Annual administration report of the Bombay Presidency - 1887-1892
Year: 1887
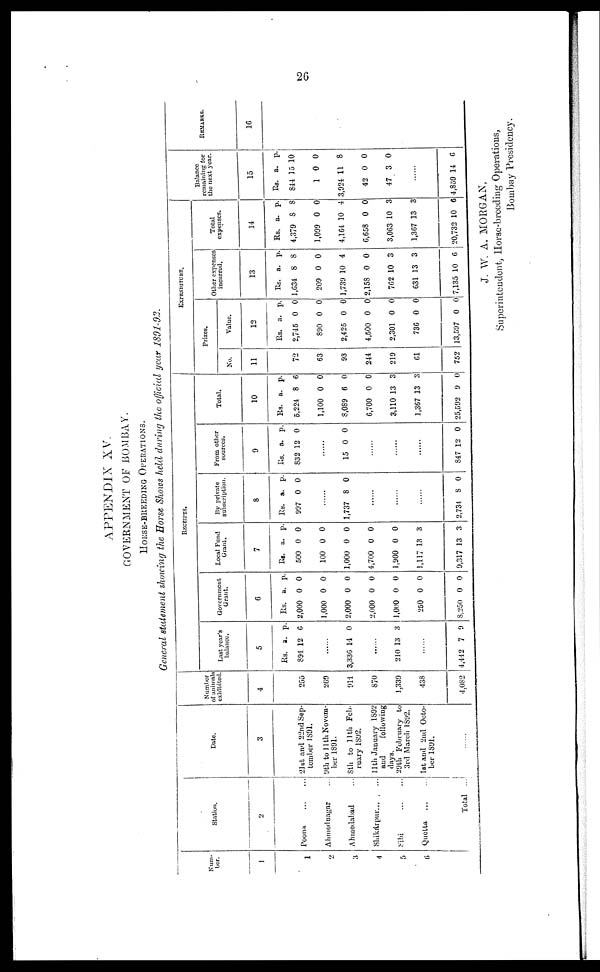
26
APPENDIX XV.
GOVERNMENT OF BOMBAY.
HORSE-BREEDING OPERATIONS.
General statement showing the Horse Shows held during the official year 1891-92.
Num-
ber.
1
1
2
3
4
5
6
Station.
2
Poona ... ...
Ahmednagar ...
Ahmedabad ...
Shikárpur ... ...
Sibi ... ...
Quotta ... ...
Total ...
Date.
3
21st and 22nd Sep-
tember 1891.
9th to 11th Novem-
ber 1891.
8th to 11th Feb-
ruary 1892.
11th January 1892
and
following
29th February to
3rd March 1892.
1st and 2nd Octo-
ber 1891.
Number
of animals
exhibited
4
255
269
911
870
1,339
438
4,082
RECEIPTS.
Last year's
balance.
5
Rs.
891
a.
12
p.
6
......
3,336 14 0
......
210 13 3
......
4,442 7 9
Government
Grant.
6
Rs.
2,000
1,000
2,000
2,000
1,000
250
8,250
a.
0
0
0
0
0
0
0
p.
0
0
0
0
0
0
0
Local Fund
Grant.
7
Rs.
500
100
1,000
4,700
1,900
1,147
9,317
a.
0
0
0
0
0
13
13
p.
0
0
0
0
0
3
3
By private
subscription.
8
Rs.
997
a.
0
p.
0
......
1,737 8 0
......
......
.......
2,734 8 0
From other
sources.
9
Rs.
832
a.
12
p.
0
......
15 0 0
......
......
......
847 12 0
Total.
10
Rs.
5,224
1,100
8,089
6,700
3,110
1,367
25,592
a.
8
0
6
0
13
13
9
p.
6
0
0
0
3
3
0
EXPENDITURE.
Prizes.
No.
11
72
63
93
244
219
61
752
Value.
12
Rs.
2,745
890
2,425
4,500
2,301
736
13,597
a.
0
0
0
0
0
0
0
p.
0
0
0
0
0
0
0
Other expences
incurred.
13
Rs.
1,634
209
1,739
2,158
762
631
7,135
a.
8
0
10
0
10
13
10
p.
8
0
4
0
3
3
6
Total
expences.
14
Rs.
4,379
1,099
4,164
6,658
3,063
1,367
20,732
a.
8
0
10
0
10
13
10
p.
8
0
4
0
3
3
6
Balance
remaining for
the next year.
15
Rs.
844
1
3,924
42
47
a.
15
0
11
0
3
p.
10
0
8
0
0
......
4,859 14 6
REMARKS.
16
J. W. A. MORGAN,
Superintendent, Horse-breeding Operations,
Bombay Presidency.